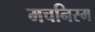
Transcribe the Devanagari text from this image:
मचनिस्म